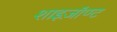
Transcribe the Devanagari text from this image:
शाइज़ॉण्ट